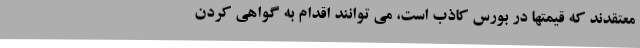
معتقدند که قیمتها در بورس کاذب است، می توانند اقدام به گواهی کردن